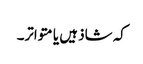
کہ شاذ ہیں یا متواتر۔